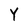
Character: Y